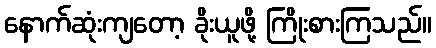
နောက်ဆုံးကျတော့ ခိုးယူဖို့ ကြိုးစားကြသည်။